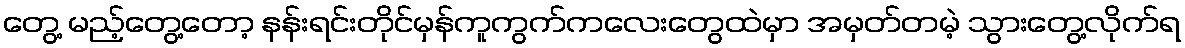
တွေ့ မည့်တွေ့တော့ နန်းရင်းတိုင်မှန်ကူကွက်ကလေးတွေထဲမှာ အမှတ်တမဲ့ သွားတွေ့လိုက်ရ